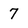
Character: 7